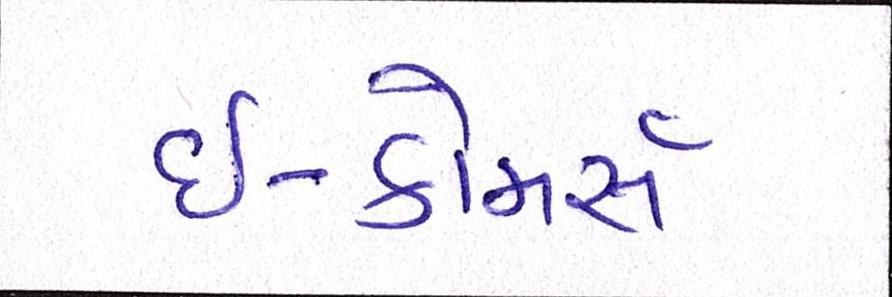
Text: ઇ-કોમર્સ